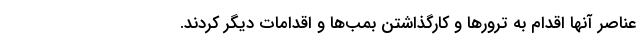
عناصر آنها اقدام به ترورها و کارگذاشتن بمب‌ها و اقدامات دیگر کردند.